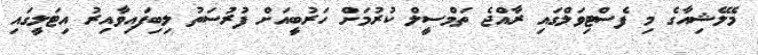
މެލޭޝިއާގެ މި ފެސްޓިވަލްގައި ރާއްޖެ ތަމްސީލް ކުރުމަށް ހަރުބީއަށް ފުރުސަތު ލިބިފައިވާއިރު އިޓަލީގައި